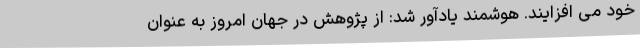
خود می افزایند. هوشمند یادآور شد: از پژوهش در جهان امروز به عنوان